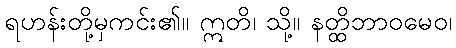
ရဟန်းတို့မှကင်း၏။ ဣတိ၊ သို့။ နတ္ထိဘာဝမေဝ၊